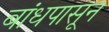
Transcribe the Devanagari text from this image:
बांधपासून